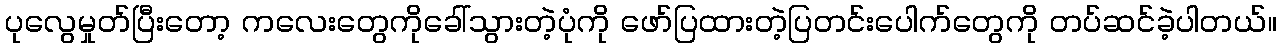
ပုလွေမှုတ်ပြီးတော့ ကလေးတွေကိုခေါ်သွားတဲ့ပုံကို ဖော်ပြထားတဲ့ပြတင်းပေါက်တွေကို တပ်ဆင်ခဲ့ပါတယ်။